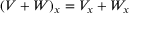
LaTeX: ( V + W ) _ { x } = V _ { x } + W _ { x }